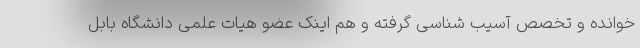
خوانده و تخصص آسیب شناسی گرفته و هم اینک عضو هیات علمی دانشگاه بابل